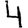
Digit: 4